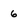
Character: 6